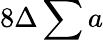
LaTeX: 8\Delta\sum a